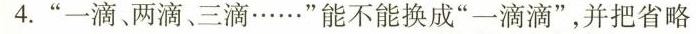
4.”一滴、两滴、三滴……”能不能换成”一滴滴”，并把省略